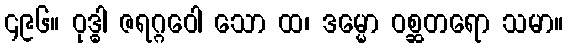
၄၉၆။ ဝုဒ္ဓါ ဇရဂ္ဂဝေါ သော ထ၊ ဒမ္မော ဝစ္ဆတရော သမာ။